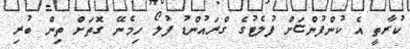
ކުރާތީ އެ ކުންފުންޏަށް ފުލެޓުގެ ގްރައުންޑު ފުލޯ ހިމެނޭ ގޮތަށް ތިން ބުރި